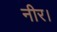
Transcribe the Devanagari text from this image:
नीर।